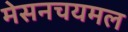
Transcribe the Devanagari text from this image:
मेसनचयमल